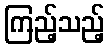
ကြည့်သည့်